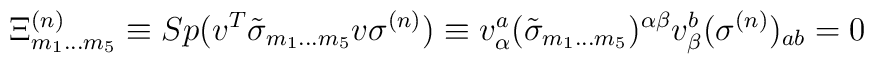
\Xi ^{{ (n)}}_{{ m}_{{ 1}}\ldots{ m}_{{ 5}}}\equiv  Sp(v^{{ T}} \tilde{\sigma }_{{ m}_{{ 1}}{\bf ...}{ m}_{{ 5}}}v\sigma ^{{ (n)}})\equiv  v^{{ a}}_{\alpha }(\tilde{\sigma }_{{ m}_{{ 1}}{\bf ...}{ m}_{{ 5}}})^{\alpha \beta }v^{{ b}}_{\beta } (\sigma ^{{ (n)}})_{{ ab}} = 0